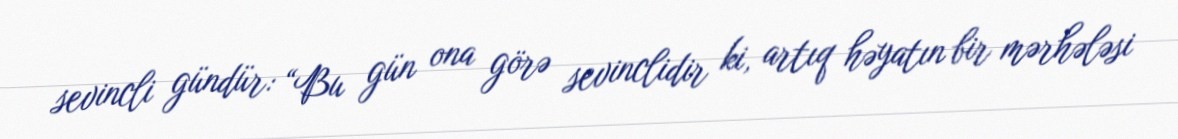
sevincli gündür: “Bu gün ona görə sevinclidir ki, artıq həyatın bir mərhələsi